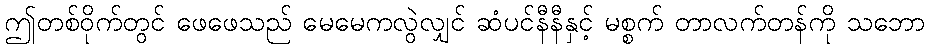
ဤတစ်ဝိုက်တွင် ဖေဖေသည် မေမေကလွဲလျှင် ဆံပင်နီနီနှင့် မစ္စက် တာလက်တန်ကို သဘော